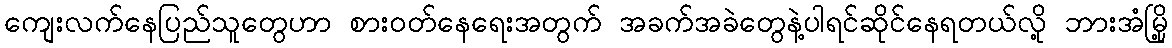
ကျေးလက်နေပြည်သူတွေဟာ စားဝတ်နေရေးအတွက် အခက်အခဲတွေနဲ့ပါရင်ဆိုင်နေရတယ်လို့ ဘားအံမြို့